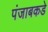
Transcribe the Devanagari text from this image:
पंजाबकडे